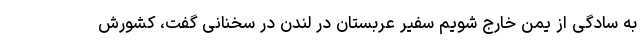
به سادگی از یمن خارج شویم سفیر عربستان در لندن در سخنانی گفت، کشورش